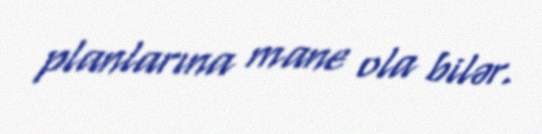
planlarına mane ola bilər.